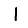
Digit: 1